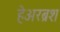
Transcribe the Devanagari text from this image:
हेअरब्रश